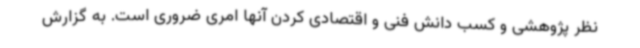
نظر پژوهشی و کسب دانش فنی و اقتصادی کردن آنها امری ضروری است. به گزارش